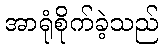
အာရုံစိုက်ခဲ့သည်